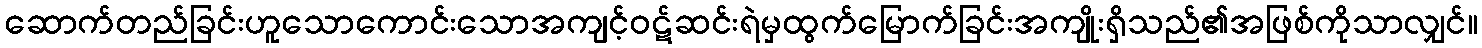
ဆောက်တည်ခြင်းဟူသောကောင်းသောအကျင့်ဝဋ်ဆင်းရဲမှထွက်မြောက်ခြင်းအကျိုးရှိသည်၏အဖြစ်ကိုသာလျှင်။